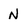
Character: N